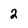
Character: 2